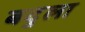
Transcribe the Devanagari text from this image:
बदुला